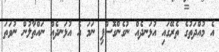
އެ މުއްދަތުގެ ތެރޭގައި އުޅަނދެއް ނުގެންގޮސްފި ނަމަ އެ އުޅަނދެއް ނައްތާލުން ނުވަތަ